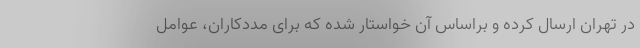
در تهران ارسال کرده و براساس آن خواستار شده که برای مددکاران، عوامل